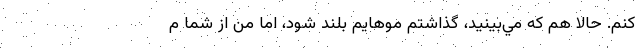
كنم. حالا هم كه مي‌بينيد، گذاشتم موهايم بلند شود، اما من از شما م